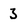
Character: 3